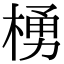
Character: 𪳆